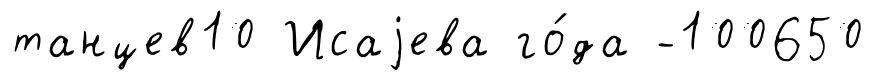
танцев10 Исаjева го́да -100650